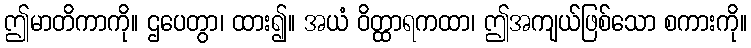
ဤမာတိကာကို။ ဌပေတွာ၊ ထား၍။ အယံ ဝိတ္ထာရကထာ၊ ဤအကျယ်ဖြစ်သော စကားကို။